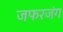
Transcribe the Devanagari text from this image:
जफरजंग